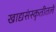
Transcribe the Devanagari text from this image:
खाद्यसंस्कॄतीतले